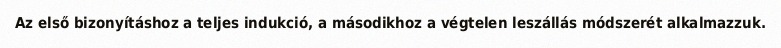
Az első bizonyításhoz a teljes indukció, a másodikhoz a végtelen leszállás módszerét alkalmazzuk.